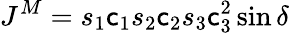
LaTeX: J^{M}=s_{1}\mathsf{c}_{1}s_{2}\mathsf{c}_{2}s_{3}\mathsf{c}_{3}^{2}\sin\delta